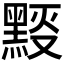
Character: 𪑉